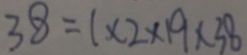
3 8 = 1 \times 2 \times 1 9 \times 3 8